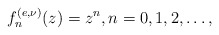
\begin{align*} f_{n}^{(e,\nu)}(z)=z^{n},n=0,1,2,\ldots, \end{align*}